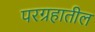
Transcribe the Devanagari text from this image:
परग्रहातील